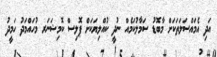
އަދި އެމައްސަލަތަކަށް މާބޮޑު ސަމާލުކަމެއް ނުދީ ކުއްލިޔަކަށް ޕޮލިސް ކޮމިޝަނަރ މުހައްމަދު ހަމީދު